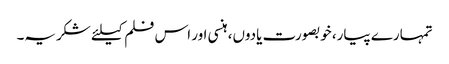
تمہارے پیار، خوبصورت یادوں، ہنسی اور اس فلم کیلئے شکریہ۔